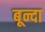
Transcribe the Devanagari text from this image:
बून्दा